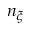
n _ { \xi }